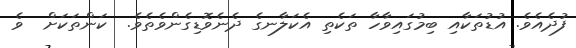
ފުދެއެވެ. އުޑުތަކާއި ބިމުގައިވާހާ ތަކެތި އެކަލާނގެ ދެނެވޮޑިގެންވެތެވެ.  ކަންތަކަށް  ވެ